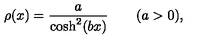
\rho ( x ) = \frac { a } { \cosh ^ { 2 } ( b x ) } \qquad ( a > 0 ) ,